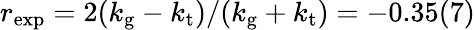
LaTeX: r_{\mathrm{exp}}=2(k_{\mathrm{g}}-k_{\mathrm{t}})/(k_{\mathrm{g}}+k_{\mathrm{t}})=-0.35(7)